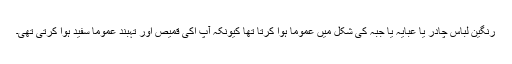
رنگین لباس چادر یا عبایہ یا جبہ کی شکل میں عموماً ہوا کرتا تھا کیونکہ آپ اکی قمیص اور تہبند عموماً سفید ہوا کرتی تھی۔